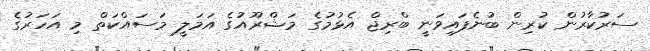
ސަރުކާރުން ކުރިން ބުނެފައިވަނީ ބްރިޖް އެޅުމުގެ މަޝްރޫއުގެ އަމަލީ މަސައްކަތް މި އަހަރުގެ